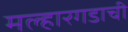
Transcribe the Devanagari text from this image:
मल्हारगडाची